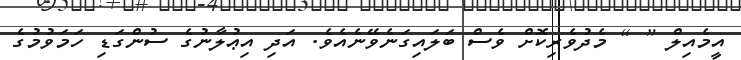
އީމެއިލް [ ] މެދުވެރިކޮށް ވެސް ބަލައިގަނެވޭނެއެވެ. އަދި އިޢުލާނުގެ ސުންގަޑި ހަމަވުމުގެ